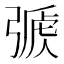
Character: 𢐏